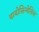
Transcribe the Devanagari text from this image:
बायोसिन्थेसिस